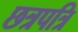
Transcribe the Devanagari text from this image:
छत्रपत्रि